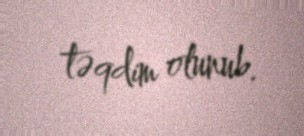
təqdim olunub.